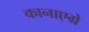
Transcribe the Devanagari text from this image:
कानाएग्रे